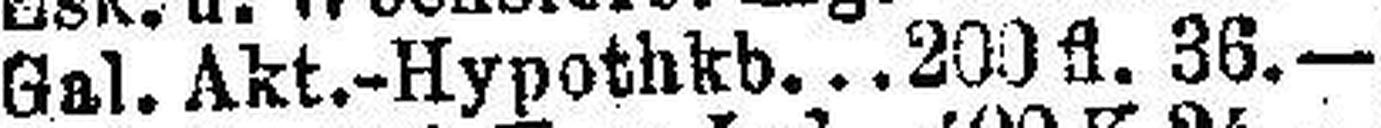
Gal. Akt.-Hypothkb 200 fl. 36.—